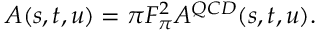
A ( s , t , u ) = \pi F _ { \pi } ^ { 2 } A ^ { Q C D } ( s , t , u ) .